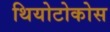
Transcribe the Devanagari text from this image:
थियोटोकोस